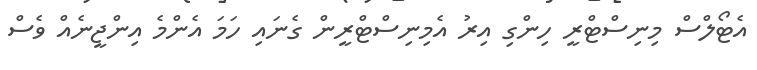
އެޓޯލްސް މިނިސްޓްރީ ހިންގި އިރު އެމިނިސްޓްރީން ގެނައި ހަމަ އެންމެ އިންޖީނެއް ވެސް